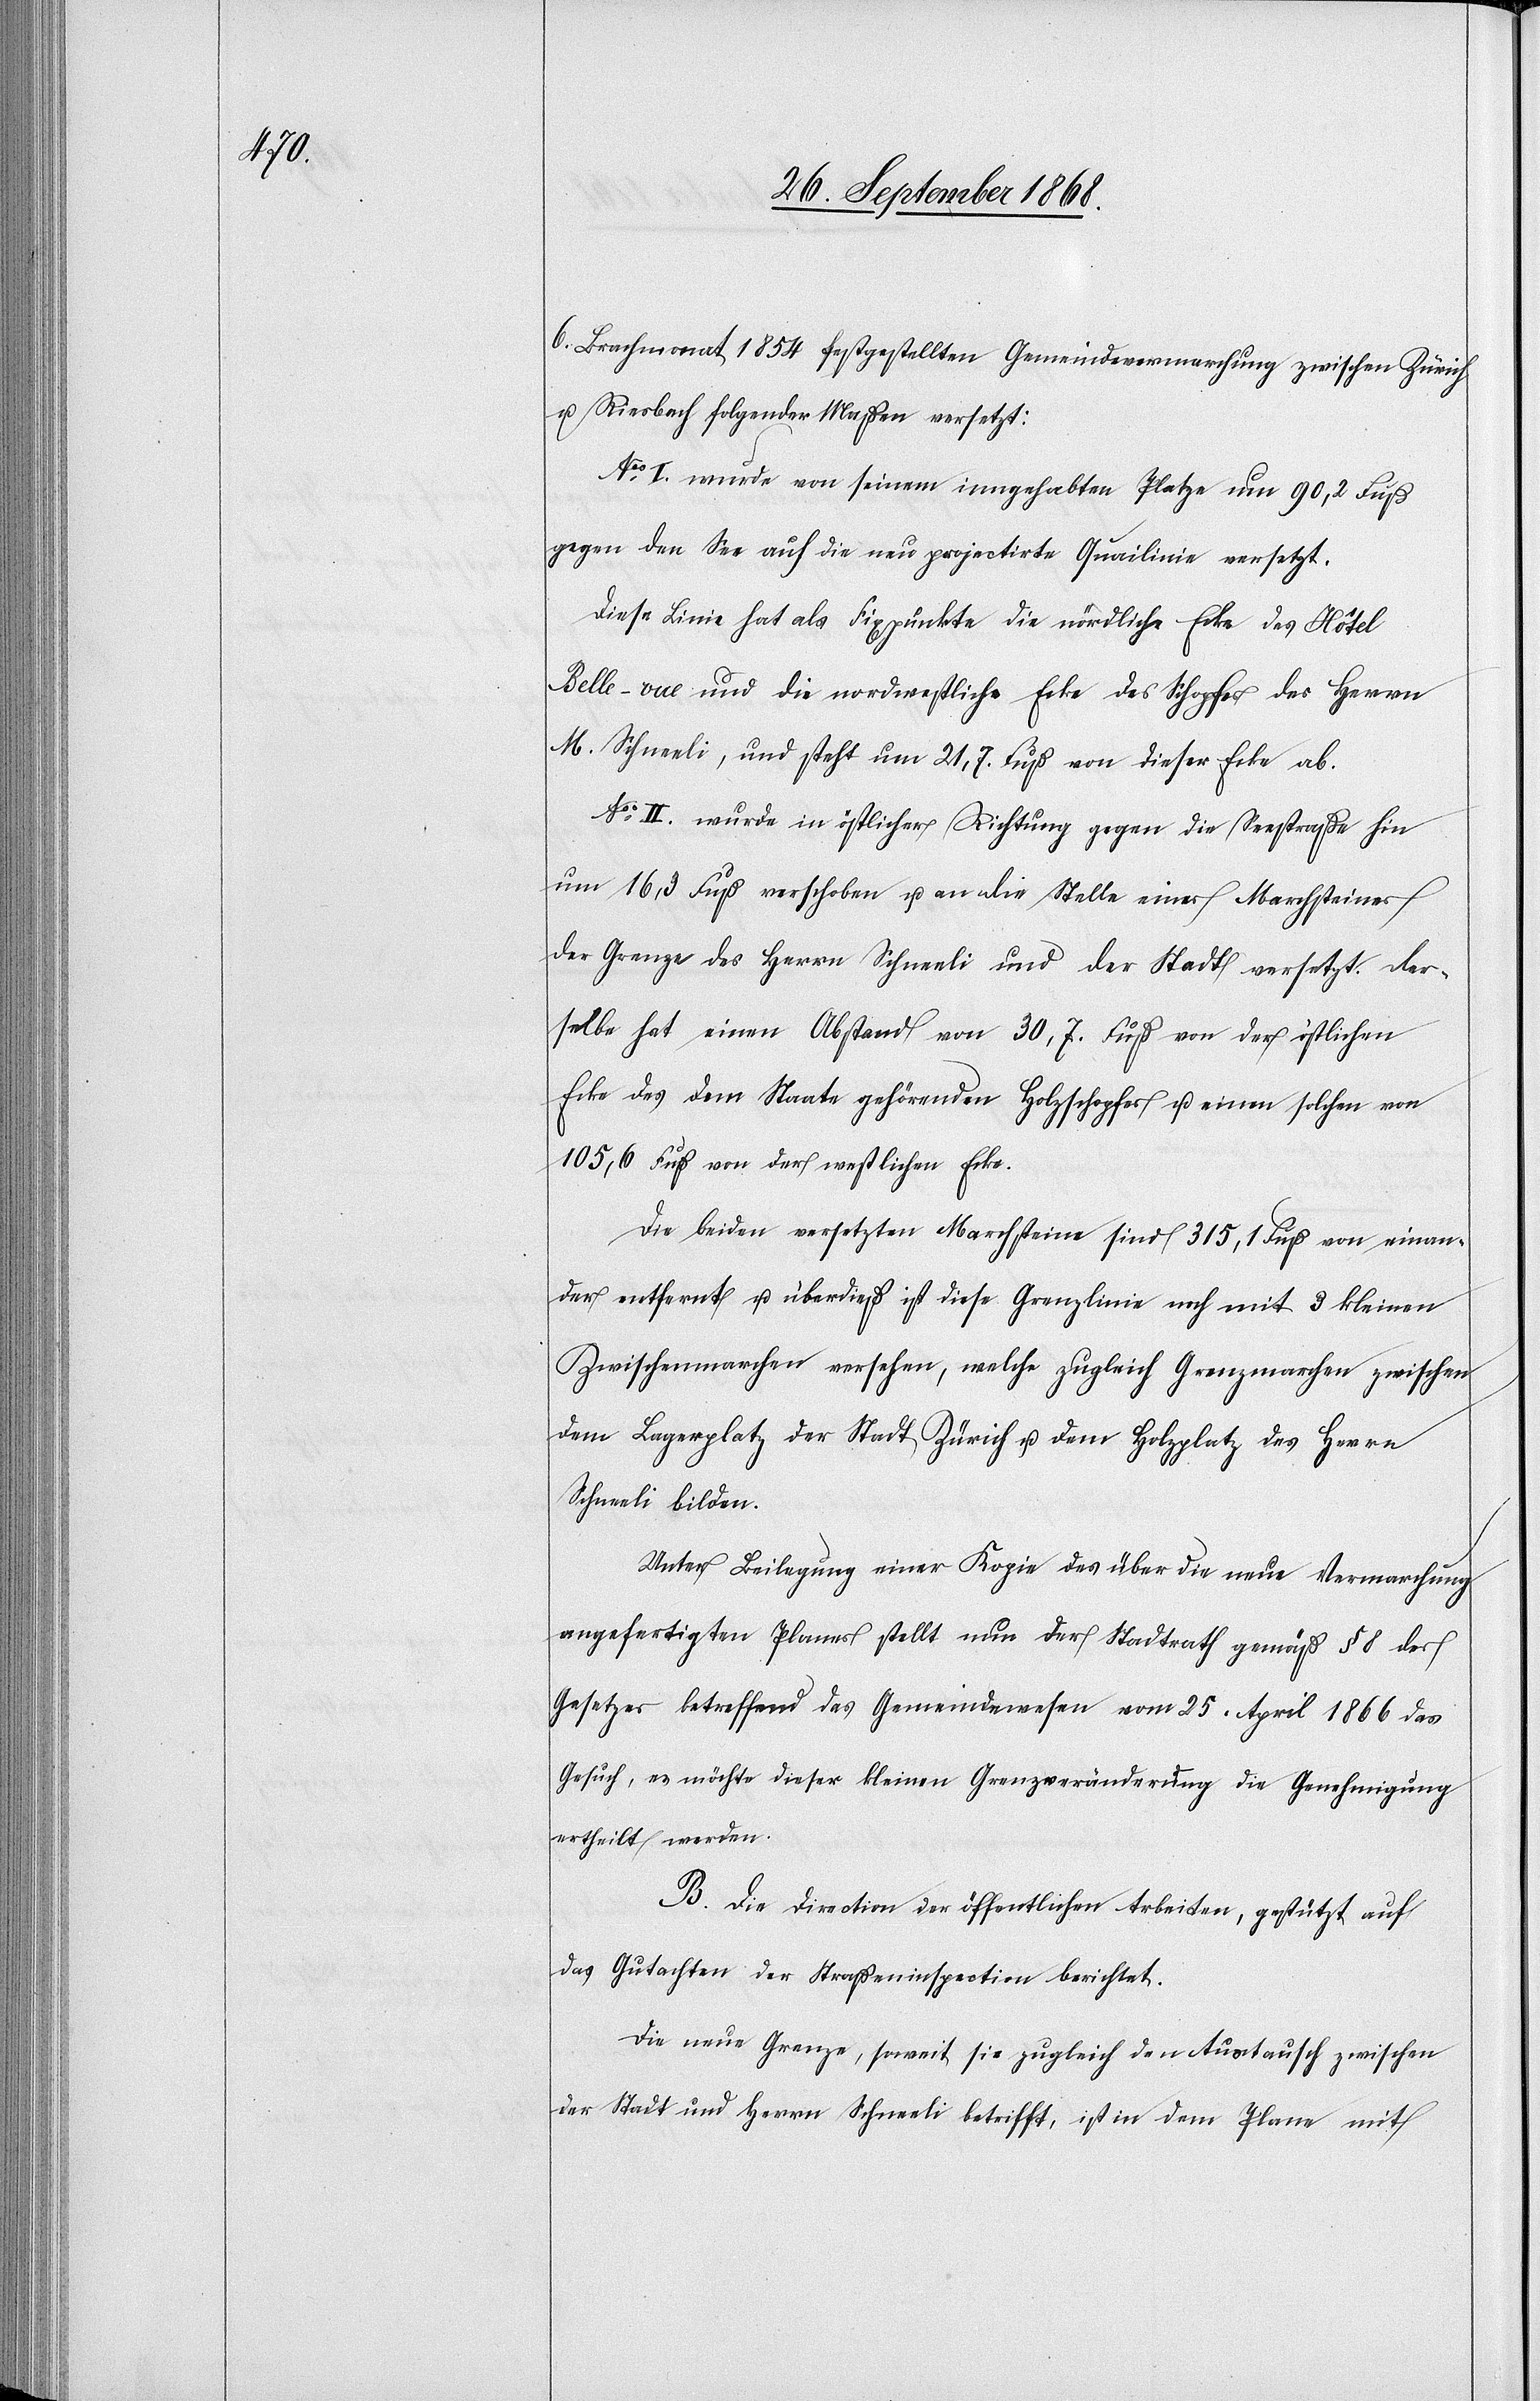
6. Brachmonat 1854 festgestellten Gemeindevermarchung zwischen Zürich
u. Riesbach folgender Maßen versetzt:
Nos I. wurde von seinem inngehabten Platze um 90,2 Fuß
gegen den See auf die neu projectirte Quailinie versetzt.
Diese Linie hat als Fixpunkte die nördliche Ecke des Hôtel
Belle-vue und die nordwestliche Ecke des Schopfes des Herrn
M. Schneeli, und steht um 21,7. Fuß von dieser Ecke ab.
Nos II. wurde in östlicher Richtung gegen die Seestraße hin
um 16,3 Fuß verschoben u. an die Stelle eines Marchsteines
der Grenze des Herrn Schneeli und der Stadt versetzt. Der¬
selbe hat einen Abstand von 30,7. Fuß von der östlichen
Ecke des dem Staate gehörenden Holzschopfes u. einen solchen von
105,6 Fuß von der westlichen Ecke.
Die beiden versetzten Marchsteine sind 315,1 Fuß von einan¬
der entfernt u. überdieß ist diese Grenzlinie noch mit 3 Kleinen
Zwischenmarchen versehen, welche zugleich Grenzmarchen zwischen
dem Lagerplatz der Stadt Zürich u. dem Holzplatz des Herrn
Schneeli bilden.
Unter Beilegung einer Kopie des über die neue Vermarchung
angefertigten Planes stellt nun der Stadtrath gemäß § 8 des
Gesetzes betreffend das Gemeindewesen vom 25. April 1866 das
Gesuch, es möchte dieser kleinen Grenzveränderung die Genehmigung
ertheilt werden.
B. Die Direction der öffentlichen Arbeiten, gestützt auf
das Gutachten der Straßeninspection berichtet.
Die neue Grenze, soweit sie zugleich den Austausch zwischen
der Stadt und Herrn Schneeli betrifft, ist in dem Plane mit